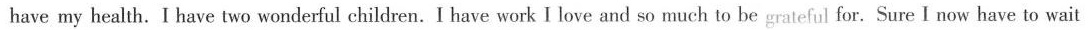
have my health. I have two wonderful children. I have work I love and so much to be grateful for. Sure I now have to wait